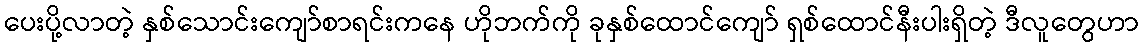
ပေးပို့လာတဲ့ နှစ်သောင်းကျော်စာရင်းကနေ ဟိုဘက်ကို ခုနှစ်ထောင်ကျော် ရှစ်ထောင်နီးပါးရှိတဲ့ ဒီလူတွေဟာ